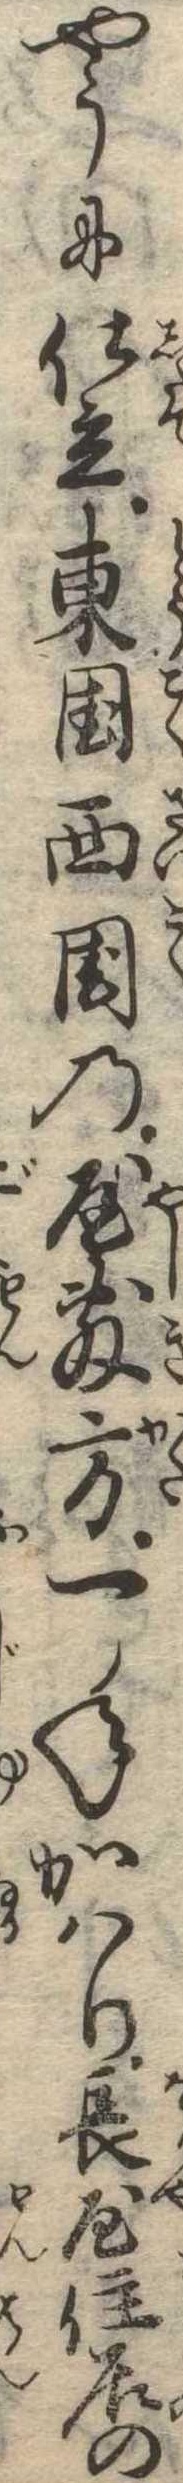
やうに仕立東国西国の屋敷方一年かはり長居住屋の